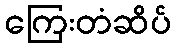
ကြေးတံဆိပ်